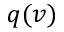
q ( v )